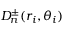
D _ { n } ^ { \pm } ( r _ { i } , \theta _ { i } )